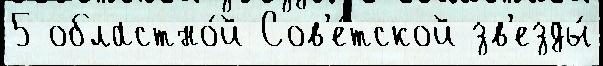
5 областно́й Сов'е́тской зв'езды́